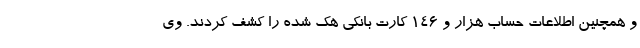
و همچنین اطلاعات حساب هزار و ۱۴۶ کارت بانکی هک شده را کشف کردند. وی